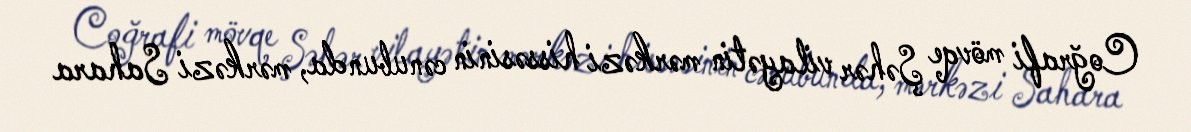
Coğrafi mövqe Şəhər vilayətin mərkəzi hissəsinin cənubunda, mərkəzi Sahara